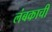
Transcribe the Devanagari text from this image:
लंबकाची